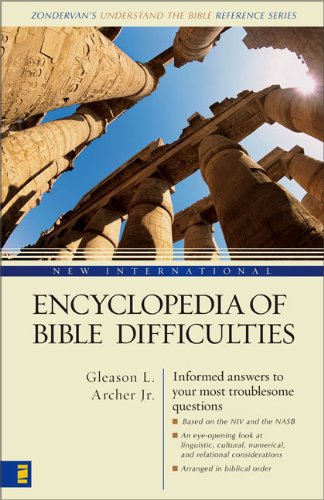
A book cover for New International Encyclopedia of Bible Difficulties; Gleason L. Archer  Jr.; Reference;